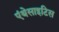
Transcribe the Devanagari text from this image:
एंथेसाइटिस